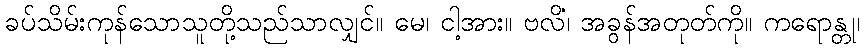
ခပ်သိမ်းကုန်သောသူတို့သည်သာလျှင်။ မေ၊ ငါ့အား။ ဗလိံ၊ အခွန်အတုတ်ကို။ ကရောန္တု၊